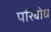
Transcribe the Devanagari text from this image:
परिबोध